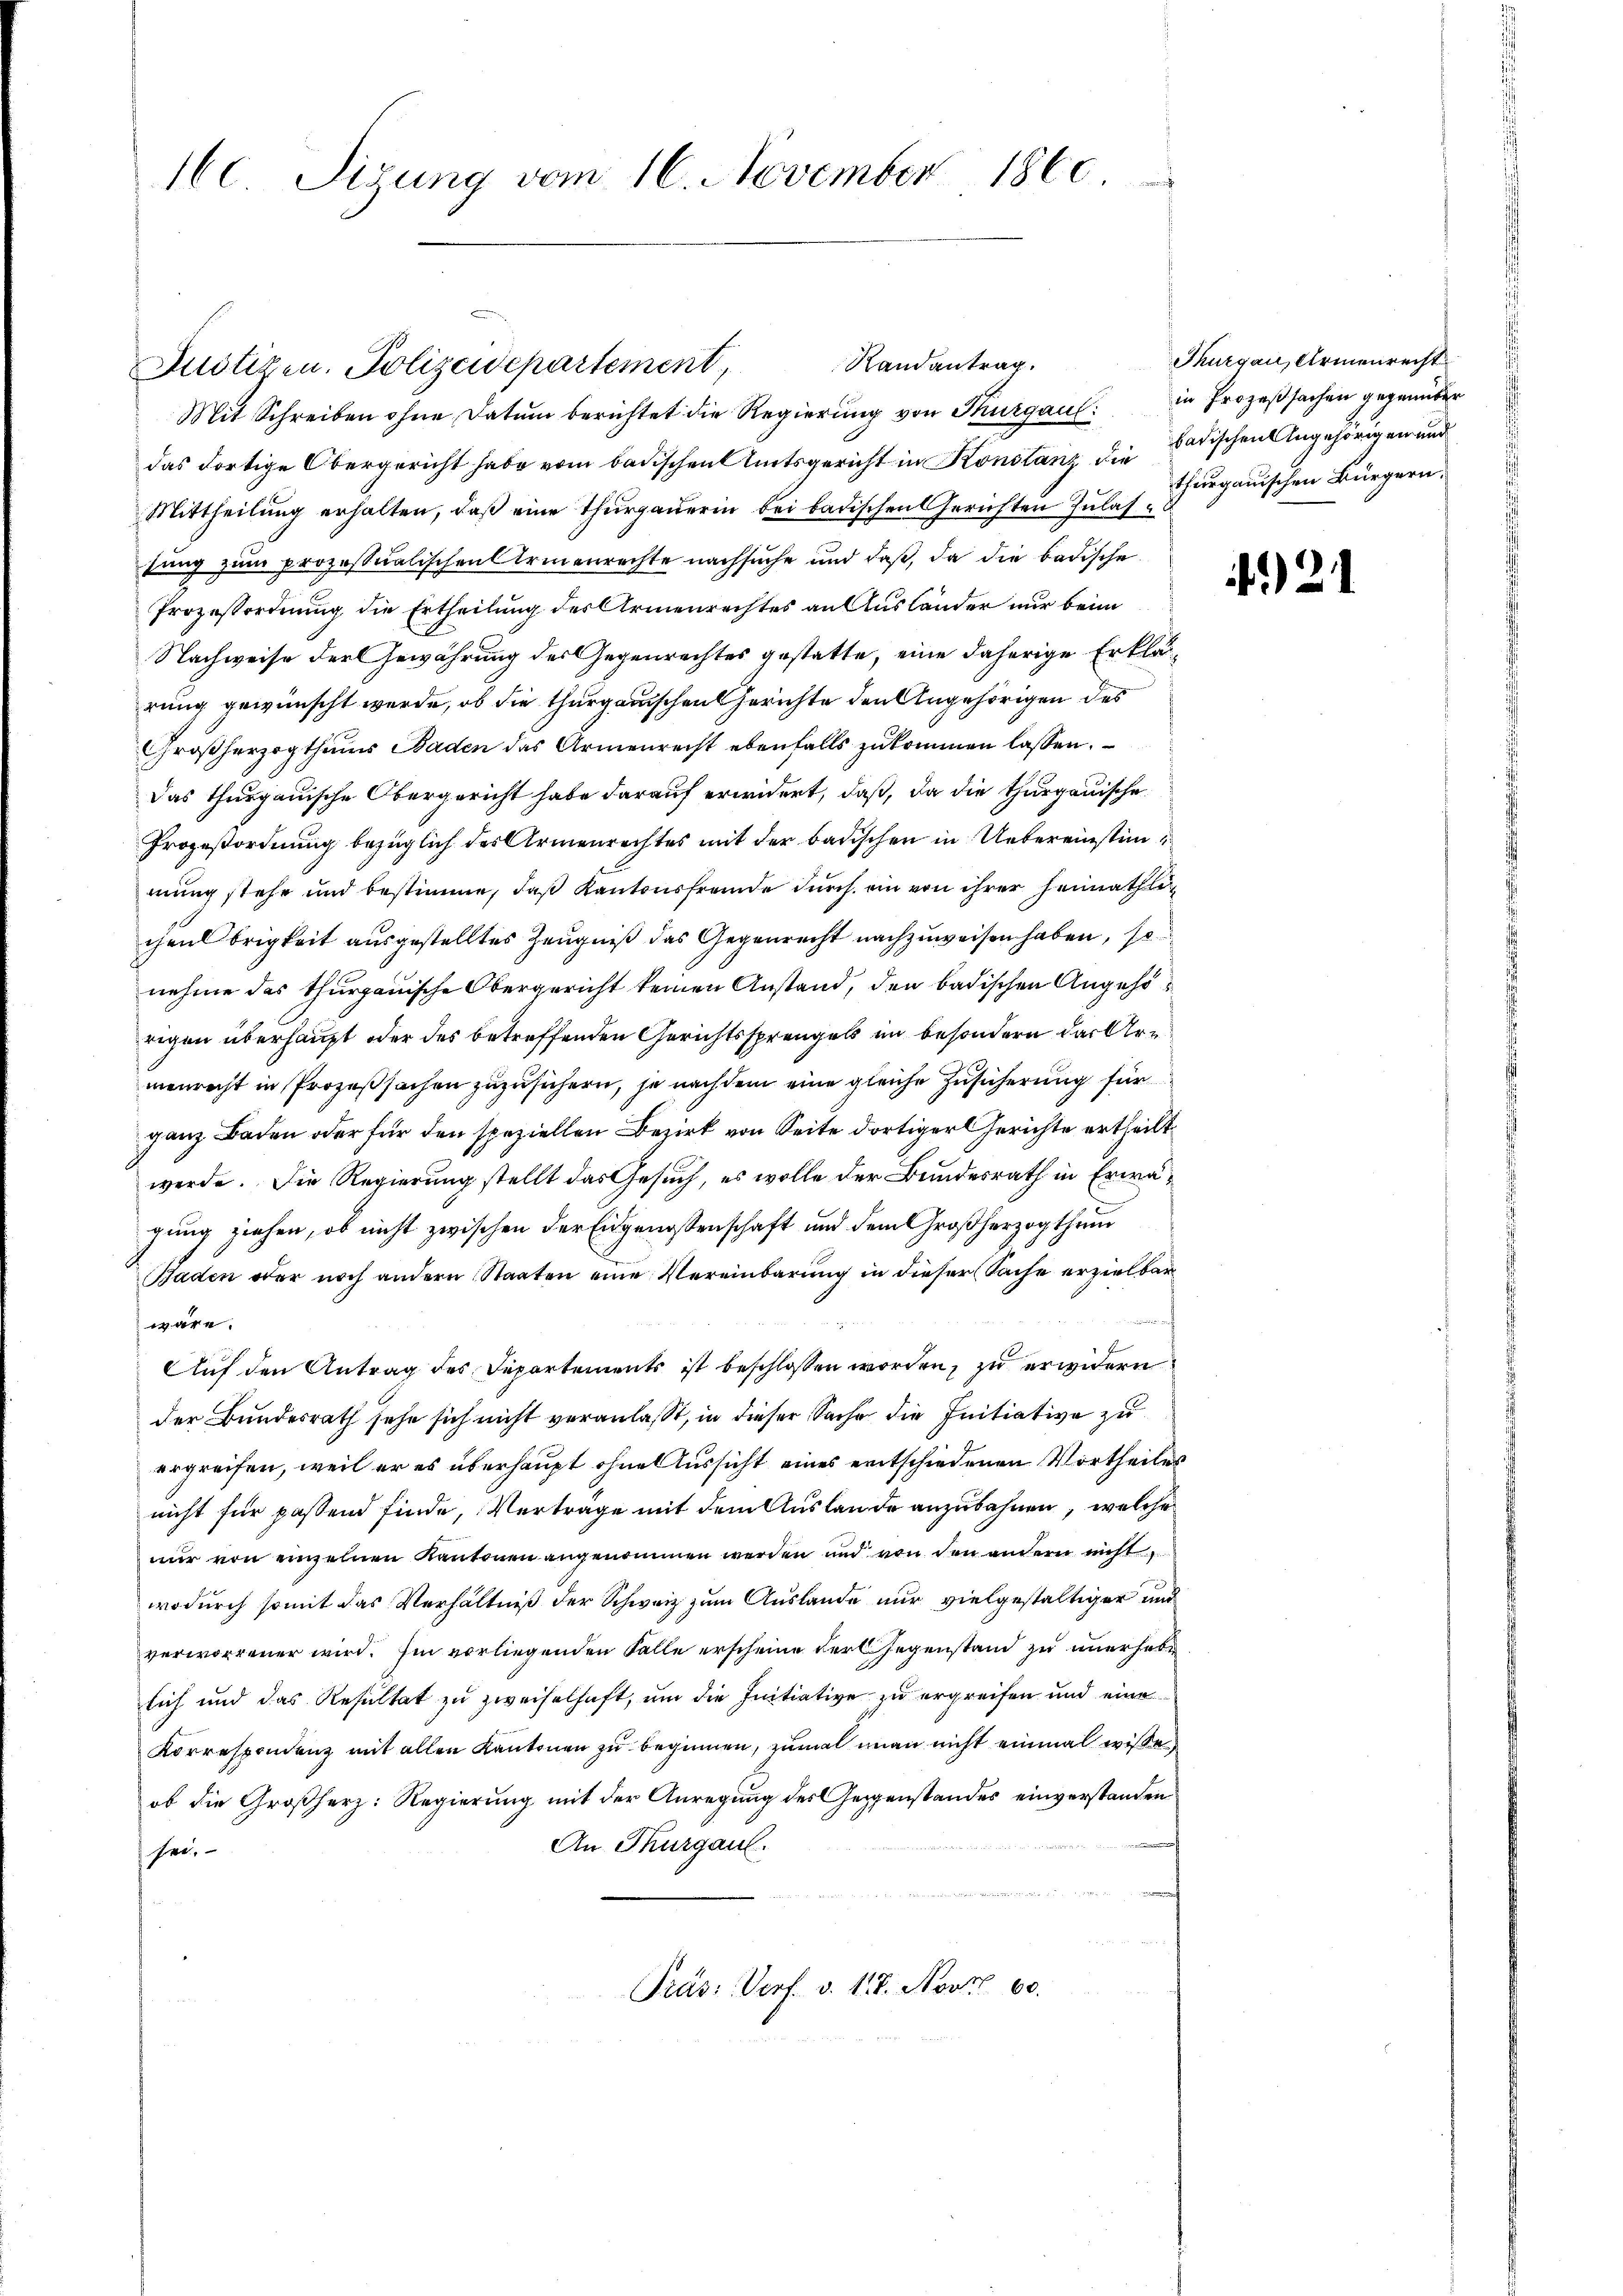
160 Sizung vom 16. November 1860.

Mit Schreiben ohne Datum berichtet die Regierung von Thurgau: in Prozeßsachen gegenüber
das dortige Obergericht habe vom badischen Amtsgericht in Konstanz die Badischen Angehörigen und
Mittheilung erhalten, daß eine Thurgauerin bei badischen Gerichten Zulassung zum prozessualischen Armenrechte nachsuche und daß, da die badische
Prozeßordnung die Ertheilung des Armenrechtes an Ausländer nur beim
Nachweise der Gewährung des Gegenrechtes gestatte, eine daherige Erklärung gewünscht werde, ob die thurgauischen Gerichte den Angehörigen des
Großherzogthums Baden das Armenrecht ebenfalls zukommen lassen.
Das thurgauische Obergericht habe darauf erwidert, daß, da die thurgauische
Prozeßordnung bezüglich des Armenrechtes mit der badischen in Uebereinstimmung stehe und bestimme, daß Kantonsfremde durch ein von ihrer Heimathlichen Obrigkeit ausgestelltes Zeugniß das Gegenrecht nachzuweisen haben, so
nehme das thurgauische Obergericht keinen Anstand, den badischen Angehörigen überhaupt oder des betreffenden Gerichtssprengels im besondern das Ermenrecht in Prozeßsachen zuzusichern, je nach dem eine gleiche Zusicherung für
ganz Baden oder für den speziellen Bezirk von Seite dortiger Gerichte ertheilt
werde. Die Regierung stellt das Gesuch, es wolle der Bundesrath in Erwäe
gung ziehen, ob nicht zwischen der Eidgenossenschaft und dem Großherzogthum
Baden oder noch andern Staaten eine Vereinbarung in dieser Sache erzielbar
wäre.
Auf den Antrag des Departements ist beschlossen worden, zu erwidern
der Bundesrath sehe sich nicht veranlasst, in dieser Sache die Initiative zu
ergreifen, weil er es überhaupt ohnes Aussicht eines entschiedenen Vortheiles
nicht für passend finde, Vertrage mit dem Auslande anzubahnen, welche
nur von einzelnen Kantonen angenommen werden und von den andern nicht
wodurch somit das Verhältniß der Schweiz zum Auslande nur vielgestaltiger und
verworrener wird. Im vorliegenden Falle erscheine der Gegenstand zu unerhebe
sich und das Resultat zu zweifelhaft, um die Initiative zu ergreifen und eine
Korrespondenz mit allen Kantonen zu beginnen, zumal man nicht einmal wissen
ob die Großherz: Regierung mit der Anregung des Gegenstandes einverstanden
An Thurgau.
sei.
Präs: Verf. v. 117. Nov. 60.

Justizen. Polizeidepartement

Randantrag.

Thurgau, Armenrecht
thurgauischen Bürgern.

)